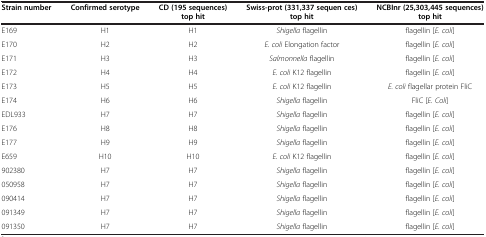
<table><thead><tr><td><b>Strain number</b></td><td><b>Confirmed serotype</b></td><td><b>CD (195 sequences) top hit</b></td><td><b>Swiss-prot (331,337 sequen ces) top hit</b></td><td><b>NCBInr (25,303,445 sequences) top hit</b></td></tr></thead><tbody><tr><td>E169</td><td>H1</td><td>H1</td><td><i>Shigella</i> flagellin</td><td>flagellin [<i>E. coli</i>]</td></tr><tr><td>E170</td><td>H2</td><td>H2</td><td><i>E. coli</i> Elongation factor</td><td>flagellin [<i>E. coli</i>]</td></tr><tr><td>E171</td><td>H3</td><td>H3</td><td><i>Salmonnella</i> flagellin</td><td>flagellin [<i>E. coli</i>]</td></tr><tr><td>E172</td><td>H4</td><td>H4</td><td><i>E. coli</i> K12 flagellin</td><td>flagellin [<i>E. coli</i>]</td></tr><tr><td>E173</td><td>H5</td><td>H5</td><td><i>E. coli</i> K12 flagellin</td><td><i>E. coli</i> flagellar protein FliC</td></tr><tr><td>E174</td><td>H6</td><td>H6</td><td><i>Shigella</i> flagellin</td><td>FliC [<i>E. Coli</i>]</td></tr><tr><td>EDL933</td><td>H7</td><td>H7</td><td><i>Shigella</i> flagellin</td><td>flagellin [<i>E. coli</i>]</td></tr><tr><td>E176</td><td>H8</td><td>H8</td><td><i>Shigella</i> flagellin</td><td>flagellin [<i>E. coli</i>]</td></tr><tr><td>E177</td><td>H9</td><td>H9</td><td><i>Shigella</i> flagellin</td><td>flagellin [<i>E. coli</i>]</td></tr><tr><td>E659</td><td>H10</td><td>H10</td><td><i>E. coli</i> K12 flagellin</td><td>flagellin [<i>E. coli</i>]</td></tr><tr><td>902380</td><td>H7</td><td>H7</td><td><i>Shigella</i> flagellin</td><td>flagellin [<i>E. coli</i>]</td></tr><tr><td>050958</td><td>H7</td><td>H7</td><td><i>Shigella</i> flagellin</td><td>flagellin [<i>E. coli</i>]</td></tr><tr><td>090414</td><td>H7</td><td>H7</td><td><i>Shigella</i> flagellin</td><td>flagellin [<i>E. coli</i>]</td></tr><tr><td>091349</td><td>H7</td><td>H7</td><td><i>Shigella</i> flagellin</td><td>flagellin [<i>E. coli</i>]</td></tr><tr><td>091350</td><td>H7</td><td>H7</td><td><i>Shigella</i> flagellin</td><td>flagellin [<i>E. coli</i>]</td></tr></tbody></table>